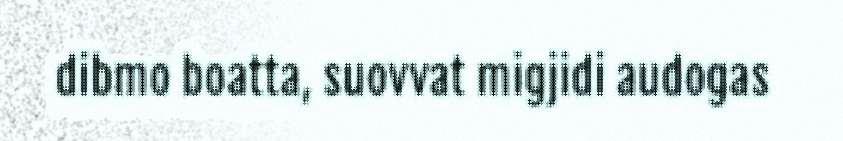
dibmo boatta, suovvat migjidi audogas